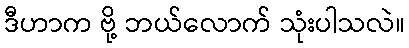
ဒီဟာက ဗို့ ဘယ်လောက် သုံးပါသလဲ။